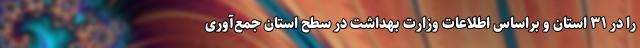
را در ۳۱ استان و براساس اطلاعات وزارت بهداشت در سطح استان جمع‌آوری